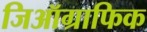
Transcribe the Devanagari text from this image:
जिऑग्राफिक